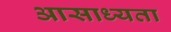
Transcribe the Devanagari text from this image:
आसाध्यता